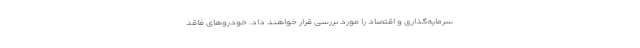
سرمایه‌گذاری و اقتصاد را مورد بررسی قرار خواهند داد. خودروهای فاقد